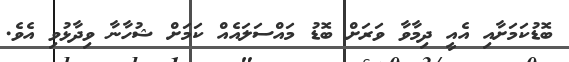
ބޮޑުކަމަށާއި އެއީ ދިމާވާ ވަރަށް ބޮޑު މައްސަލައެއް ކަމަށް ޝުހާނާ ވިދާޅުވި އެވެ.